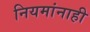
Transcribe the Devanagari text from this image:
नियमांनाही